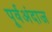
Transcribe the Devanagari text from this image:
पूर्वअंदाज